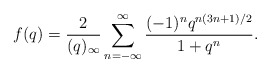
\begin{align*} f(q)= \frac{2}{(q)_\infty}\sum_{n=-\infty}^\infty\frac{(-1)^nq^{n(3n+1)/2}}{1+q^n}.\end{align*}